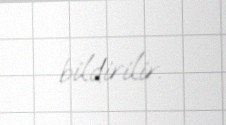
bildirilir.